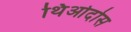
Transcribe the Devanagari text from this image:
थिओदोस